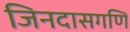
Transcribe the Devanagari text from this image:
जिनदासगणि